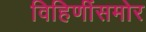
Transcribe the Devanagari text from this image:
विहिणींसमोर